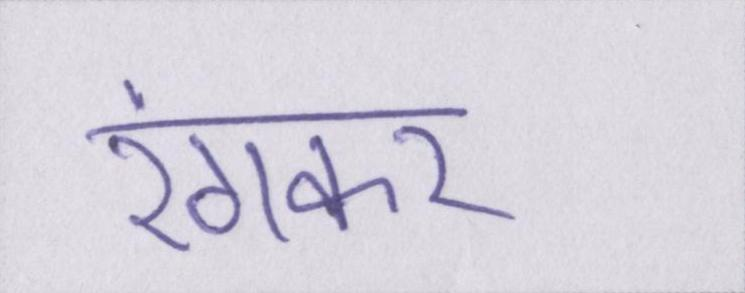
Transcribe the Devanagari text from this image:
रंगकर